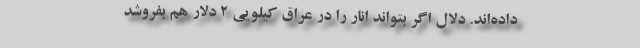
داده‌اند. دلال اگر بتواند انار را در عراق کیلویی ۲ دلار هم بفروشد